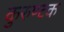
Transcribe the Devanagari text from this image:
कुरुण्टक